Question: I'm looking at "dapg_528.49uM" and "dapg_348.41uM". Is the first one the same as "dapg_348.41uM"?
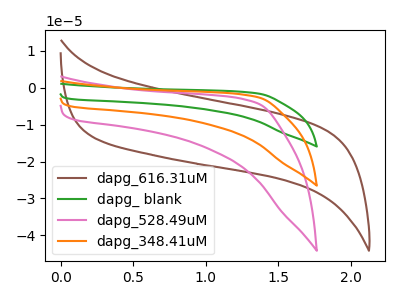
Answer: <think>The brown curve "dapg_616.31uM" has no peaks. The green curve "dapg_ blank" has no peaks. The pink curve "dapg_528.49uM" has no peaks. The orange curve "dapg_348.41uM" has no peaks.
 Neither "dapg_528.49uM" or "dapg_348.41uM" have any peaks.</think>
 <answer>"dapg_528.49uM" and "dapg_348.41uM" are similar in shape.</answer>
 <eval>same_shape</eval>